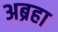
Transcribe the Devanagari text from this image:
अब्रहा